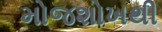
મોજશોખથી